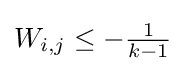
W_{i,j}\leq -{\tfrac {1}{k-1}}